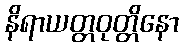
နိရာယတ္တဝုတ္တိနော